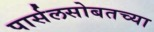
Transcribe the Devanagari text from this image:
पार्सलसोबतच्या